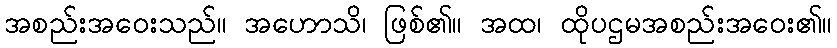
အစည်းအဝေးသည်။ အဟောသိ၊ ဖြစ်၏။ အထ၊ ထိုပဌမအစည်းအဝေး၏။